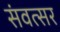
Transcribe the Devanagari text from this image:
संवत्‍सर